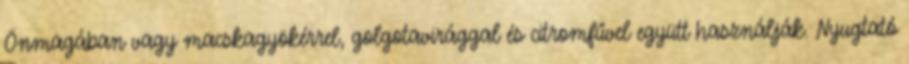
Önmagában vagy macskagyökérrel, golgotavirággal és citromfűvel együtt használják. Nyugtató